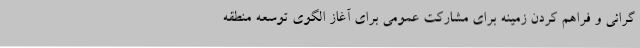
گرائی و فراهم کردن زمینه برای مشارکت عمومی برای آغاز الگوی توسعه منطقه